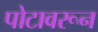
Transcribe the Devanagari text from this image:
पोटावरून